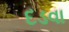
દડવા